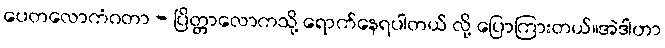
ပေတလောကံဂတာ - ပြိတ္တာလောကသို့ ရောက်နေရပါတယ် လို့ ပြောကြားတယ်။အဲဒါဟာ